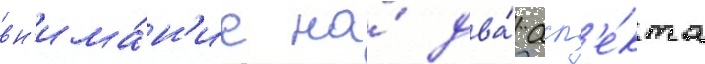
вн'има́н'ие на́ два́ асп'е́кта